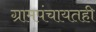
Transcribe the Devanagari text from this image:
ग्रामपंचायतही